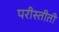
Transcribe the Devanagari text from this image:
परीस्तीती